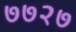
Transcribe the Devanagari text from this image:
७७२७